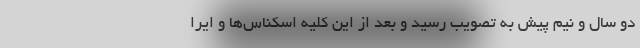
دو سال و نیم پیش به تصویب رسید و بعد از این کلیه اسکناس‌ها و ایرا